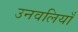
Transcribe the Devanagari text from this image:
उनवलियाँ